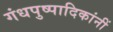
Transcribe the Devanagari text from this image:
गंधपुष्पादिकांनीं